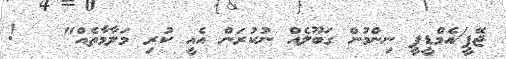
ޖޭޕީ/އެމްޑީޕީ ނިންމުން ގަބޫލެއް ނުކުރަން އެއީ ކުރި މަލާމާތެއް"   !